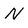
Character: N